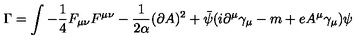
\Gamma = \int - \frac 1 4 F _ { \mu \nu } F ^ { \mu \nu } - \frac 1 { 2 \alpha } ( \partial A ) ^ { 2 } + \bar { \psi } ( i \partial ^ { \mu } \gamma _ { \mu } - m + e A ^ { \mu } \gamma _ { \mu } ) \psi